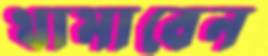
থামাবেন